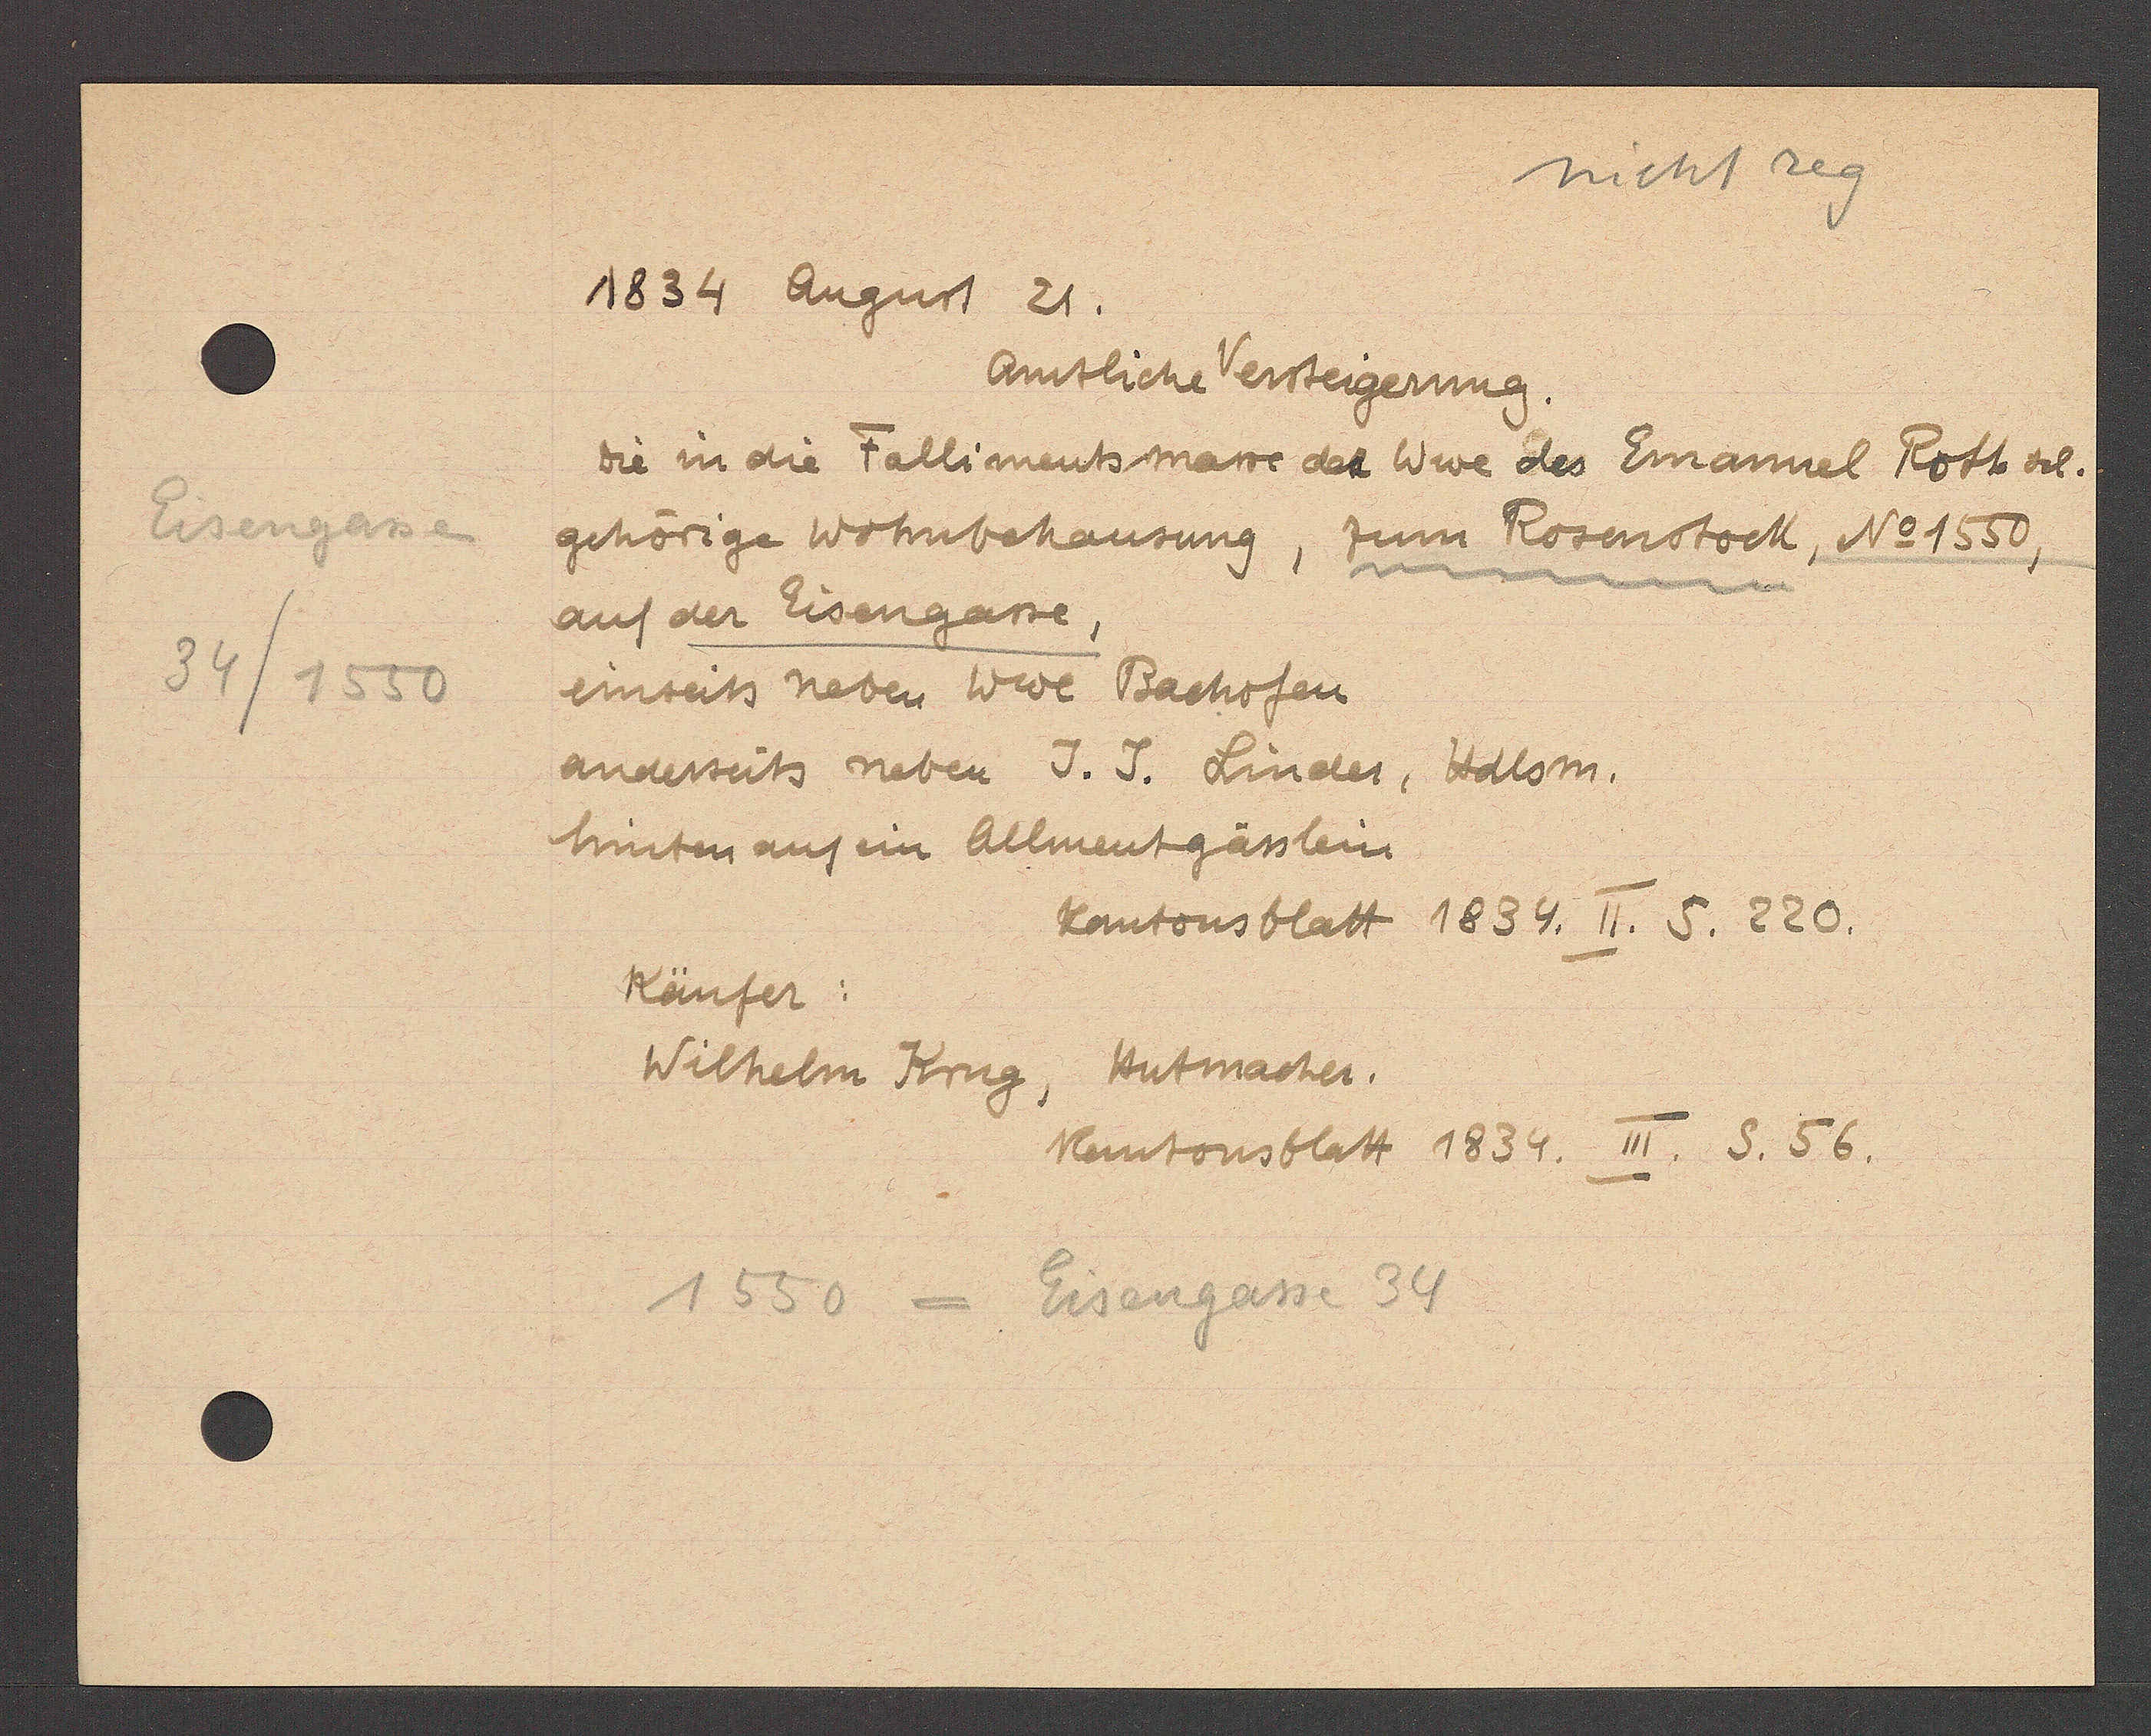
Transcript:
Eisengasse
34/1550

1834 August 21.

Amtliche Versteigerung.
Die in die Fallimentsmasse der Wwe des Emanuel Rott sel.
gehörige Wohnbehausung, zum Rosenstock, No. 1550,
auf der Eisengasse,
einseits neben Wwe Bachofen
anderseits neben J. J. Linder, Hdlsm.
hinten auf ein Allmentgässlein
Kantonsblatt 1834. II. S. 220.
Käufer:
Hutmacher.
Wilhelm Krug

Kantonsblatt 1834. III. S. 56.

1550 = Eisengasse 34